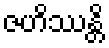
ဇဟိဿန္တိ